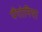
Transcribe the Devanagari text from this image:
पैंगोनिया